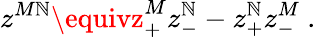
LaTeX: z^{M\mathbb{N}}\equivz_{+}^{M}z_{-}^{\mathbb{N}}-z_{+}^{\mathbb{N}}z_{-}^{M}\ .